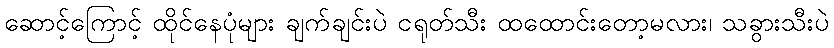
ဆောင့်ကြောင့် ထိုင်နေပုံများ ချက်ချင်းပဲ ငရုတ်သီး ထထောင်းတော့မလား၊ သခွားသီးပဲ